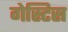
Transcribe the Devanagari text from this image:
गेस्टिस